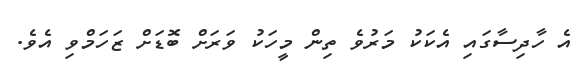
އެ ހާދިސާގައި އެކަކު މަރުވެ ތިން މީހަކު ވަރަށް ބޮޑަށް ޒަހަމްވި އެވެ.